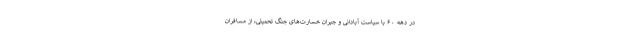
در دهه ۶۰ با سیاست آبادانی و جبران خسارت‌های جنگ تحمیلی، از مسافران